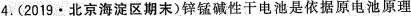
4.(2019·北京海淀区期末)锌锰碱性干电池是依据原电池原理